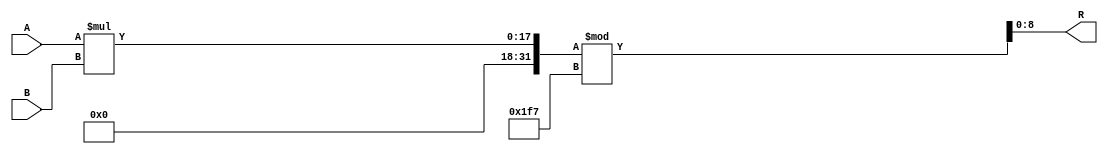
module mult_mod_503_standard(
A, B, R
    );

    input [9:1] A;
    input [9:1] B;
    output [9:1] R;

assign R = (A * B) % 503;

endmodule